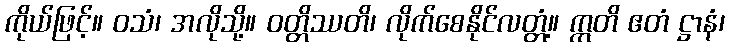
ကိုယ်ဖြင့်။ ဝသံ၊ အလိုသို့။ ဝတ္တိဿတိ၊ လိုက်စေနိုင်လတ္တံ့။ ဣတိ ဧတံ ဋ္ဌာနံ၊